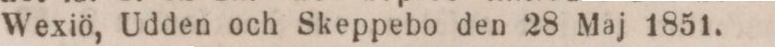
Wexiö, Udden och Skeppebo den 28 Maj 1851.